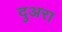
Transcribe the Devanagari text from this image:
दुअरा